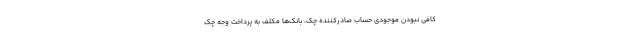
کافی نبودن موجودی حساب صادرکننده چک، بانک‌ها مکلف به پرداخت وجه چک